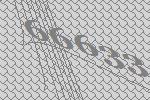
66633